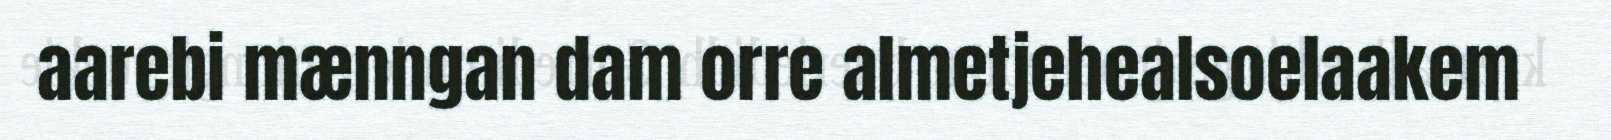
aarebi mænngan dam orre almetjehealsoelaakem